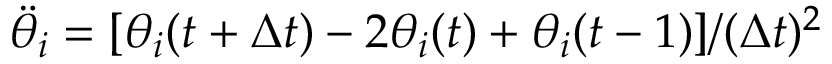
\ddot { \theta } _ { i } = [ \theta _ { i } ( t + \Delta t ) - 2 \theta _ { i } ( t ) + \theta _ { i } ( t - 1 ) ] / ( \Delta t ) ^ { 2 }